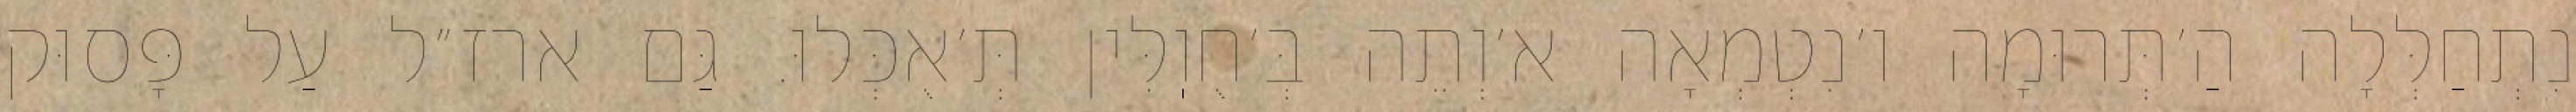
נִתְחַלְּלָה הַ׳תְּרוּמָה ו׳נִטְמְאָה א׳וְתֵה בְּ׳חֻוֽלִּין תְּ׳אֻכְּלוּ. גַּם ארז״ל עַל פָּסוּק